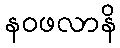
နဝဖလာနိ